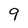
Character: 9